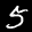
Label: 5